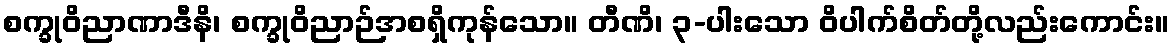
စက္ခုဝိညာဏာဒီနိ၊ စက္ခုဝိညာဉ်အစရှိကုန်သော။ တီဏိ၊ ၃-ပါးသော ဝိပါက်စိတ်တို့လည်းကောင်း။